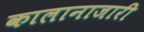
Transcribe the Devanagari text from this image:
कालानाजारी